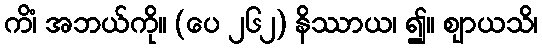
ကိံ၊ အဘယ်ကို။ (ပေ ၂၆၂) နိဿာယ၊ ၍။ ဈာယသိ၊